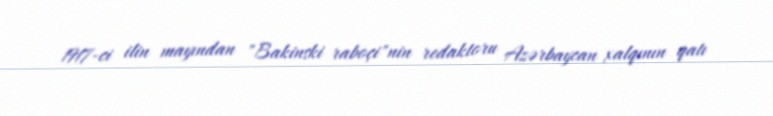
1917-ci ilin mayından "Bakinski raboçi"nin redaktoru Azərbaycan xalqının qatı